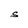
Character: S